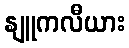
နျူကလီယား